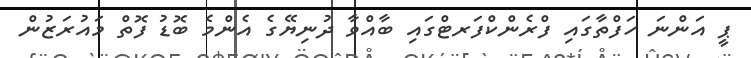
ޕީ އަންނަ ހަފްތާގައި ފްރެންކްފަރޓްގައި ބާއްވާ ދުނިޔޭގެ އެންމެ ބޮޑު ފޮތް މައުރަޒުން